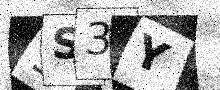
Text: 9S3Y